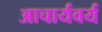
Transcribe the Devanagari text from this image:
आचार्यवर्य